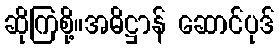
ဆိုကြစို့။အဓိဋ္ဌာန် ဆောင်ပုဒ်